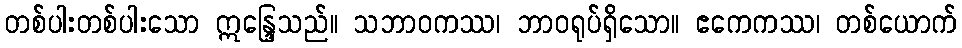
တစ်ပါးတစ်ပါးသော ဣန္ဒြေသည်။ သဘာဝကဿ၊ ဘာဝရုပ်ရှိသော။ ဧကေကဿ၊ တစ်ယောက်